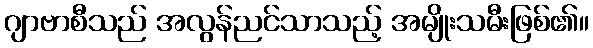
ဂျာဗာစီသည် အလွန်ညင်သာသည့် အမျိုးသမီးဖြစ်၏။